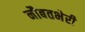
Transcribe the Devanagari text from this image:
नौबतभेरी